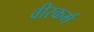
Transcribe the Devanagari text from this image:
वीरकर्म